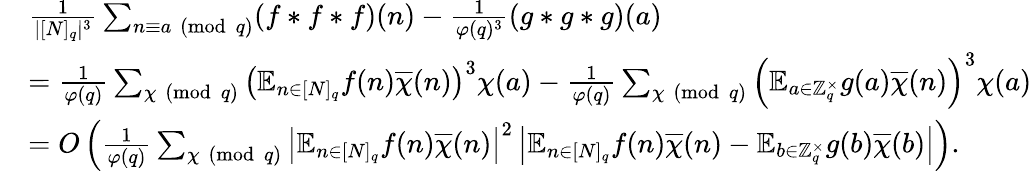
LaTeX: \begin{array}{r}{\begin{array}{rl}&{\frac{1}{|[N]_{q}|^{3}}\sum_{n\equiv a\pmod{q}}(f\ast f\ast f)(n)-\frac{1}{\varphi(q)^{3}}(g\ast g\ast g)(a)}\\ &{=\frac{1}{\varphi(q)}\sum_{\chi\pmod{q}}\left(\mathbb{E}_{n\in[N]_{q}}f(n)\overline{{\chi}}(n)\right)^{3}\chi(a)-\frac{1}{\varphi(q)}\sum_{\chi\pmod{q}}\left(\mathbb{E}_{a\in\mathbb{Z}_{q}^{\times}}g(a)\overline{{\chi}}(n)\right)^{3}\chi(a)}\\ &{=O\left(\frac{1}{\varphi(q)}\sum_{\chi\pmod{q}}\left|\mathbb{E}_{n\in[N]_{q}}f(n)\overline{{\chi}}(n)\right|^{2}\left|\mathbb{E}_{n\in[N]_{q}}f(n)\overline{{\chi}}(n)-\mathbb{E}_{b\in\mathbb{Z}_{q}^{\times}}g(b)\overline{{\chi}}(b)\right|\right).}\end{array}}\end{array}